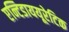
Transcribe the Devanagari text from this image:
एन्टिडाययूरेटिक